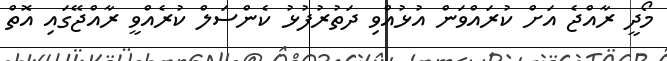
މޯދީ ރާއްޖެ އަށް ކުރައްވަން އުޅުއްވި ދަތުރުފުޅު ކެންސަލް ކުރެއްވީ ރާއްޖޭގައި އޮތް